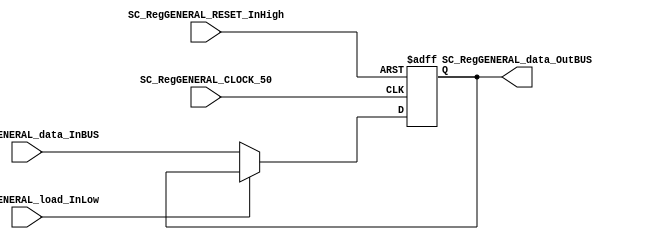
module SC_RegGENERAL #(parameter RegGENERAL_DATAWIDTH=4)(
	//////////// OUTPUTS //////////
	SC_RegGENERAL_data_OutBUS,
	//////////// INPUTS //////////
	SC_RegGENERAL_CLOCK_50,
	SC_RegGENERAL_RESET_InHigh, 
	SC_RegGENERAL_load_InLow, 
	SC_RegGENERAL_data_InBUS
);
//=======================================================
//  PARAMETER declarations
//=======================================================

//=======================================================
//  PORT declarations
//=======================================================
output		[RegGENERAL_DATAWIDTH-1:0]	SC_RegGENERAL_data_OutBUS;
input			SC_RegGENERAL_CLOCK_50;
input			SC_RegGENERAL_RESET_InHigh;
input			SC_RegGENERAL_load_InLow;	
input			[RegGENERAL_DATAWIDTH-1:0]	SC_RegGENERAL_data_InBUS;

//=======================================================
//  REG/WIRE declarations
//=======================================================
reg [RegGENERAL_DATAWIDTH-1:0] RegGENERAL_Register;
reg [RegGENERAL_DATAWIDTH-1:0] RegGENERAL_Signal;
//=======================================================
//  Structural coding
//=======================================================
//INPUT LOGIC: COMBINATIONAL
always @(*)
begin
	if (SC_RegGENERAL_load_InLow == 1'b0)
		RegGENERAL_Signal = SC_RegGENERAL_data_InBUS;
	else
		RegGENERAL_Signal = RegGENERAL_Register;
	end	
//STATE REGISTER: SEQUENTIAL
always @(posedge SC_RegGENERAL_CLOCK_50, posedge SC_RegGENERAL_RESET_InHigh)
begin
	if (SC_RegGENERAL_RESET_InHigh == 1'b1)
		RegGENERAL_Register <= 0;
	else
		RegGENERAL_Register <= RegGENERAL_Signal;
end
//=======================================================
//  Outputs
//=======================================================
//OUTPUT LOGIC: COMBINATIONAL
assign SC_RegGENERAL_data_OutBUS = RegGENERAL_Register;

endmodule